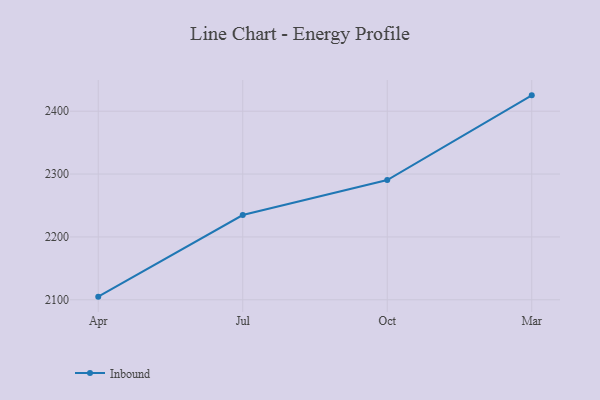
{"axis": {"x": "Month", "y": "Headcount"}, "legend": ["Inbound"], "data": [{"x": "Apr", "y": 2105.0, "type": "Inbound"}, {"x": "Jul", "y": 2234.8, "type": "Inbound"}, {"x": "Oct", "y": 2290.5, "type": "Inbound"}, {"x": "Mar", "y": 2425.2, "type": "Inbound"}]}